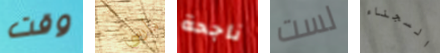
وقت مارسي ناجحة لست السجناء